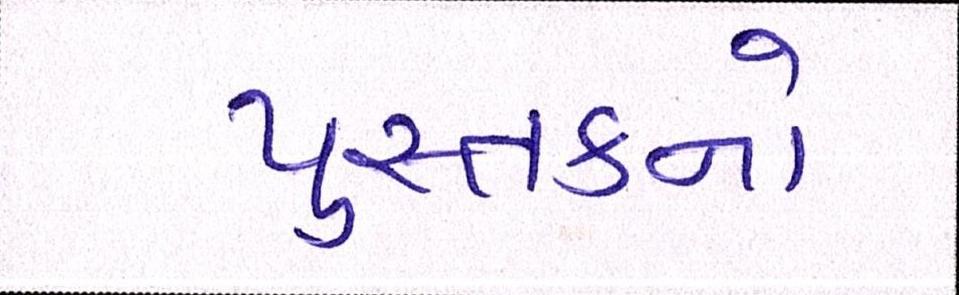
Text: પુસ્તકનો